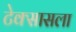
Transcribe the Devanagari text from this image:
टेक्सासला